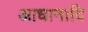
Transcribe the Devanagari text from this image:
आधानादि